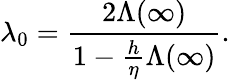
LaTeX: \lambda_{0}=\frac{2\Lambda(\infty)}{1-\frac{h}{\eta}\Lambda(\infty)}.